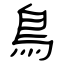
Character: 鳥